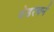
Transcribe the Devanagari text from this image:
वेडरबर्न